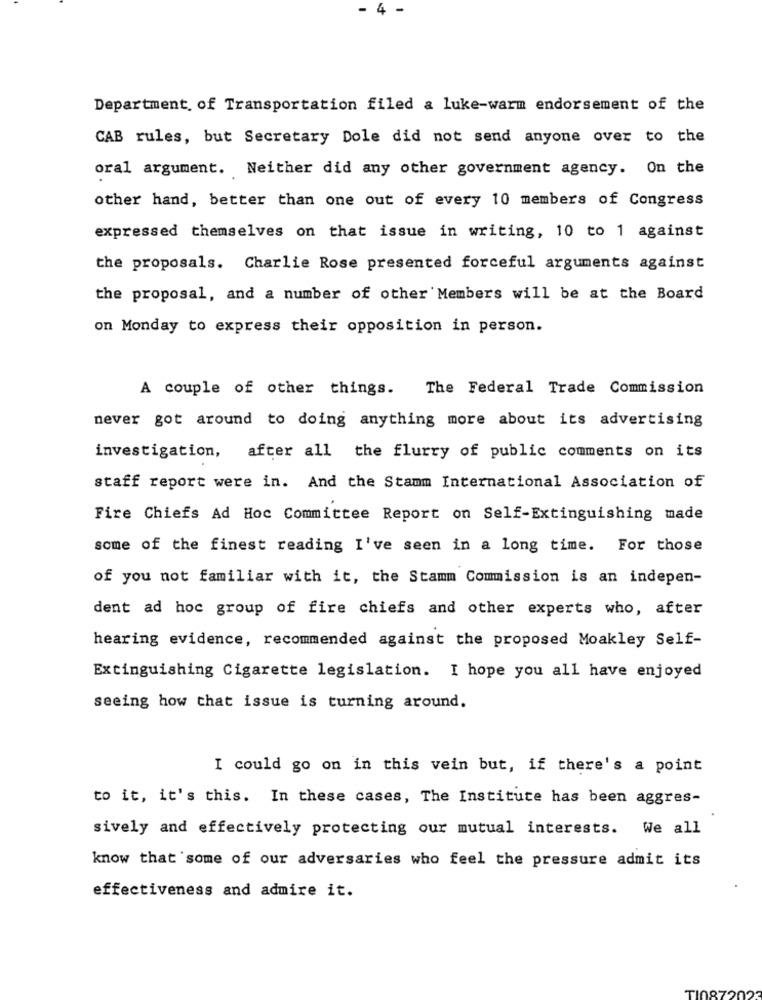
- 4 -
Department of Transportation filed a luke-warm endorsement of the
CAB rules, but Secretary Dole did not send anyone over to the
oral argument. Neither did any other government agency. On the
other hand, better than one out of every 10 members of Congress
expressed themselves on that issue in writing, 10 to 1 against
the proposals. Charlie Rose presented forceful arguments against
the proposal, and a number of other Members will be at the Board
on Monday to express their opposition in person.
A couple of other things.
The Federal Trade Commission
never got around to doing anything more about its advertising
investigation, after all the flurry of public comments on its
staff report were in. And the Stamm International Association of
Fire Chiefs Ad Hoc Committee Report on Self-Extinguishing made
some of the finest reading I've seen in a long time. For those
of you not familiar with it, the Stamm Commission is an indepen-
dent ad hoc group of fire chiefs and other experts who, after
hearing evidence, recommended against the proposed Moakley Self-
Extinguishing Cigarette legislation. I hope you all have enjoyed
seeing how that issue is turning around.
I could go on in this vein but, if there's a point
to it, it's this. In these cases, The Institute has been aggres-
sively and effectively protecting our mutual interests. We all
know that some of our adversaries who feel the pressure admit its
effectiveness and admire it.